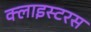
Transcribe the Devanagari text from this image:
क्लाइस्टरस